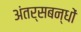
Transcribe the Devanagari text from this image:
अंतर्सबन्धों